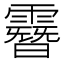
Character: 𩅨